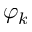
\varphi _ { k }